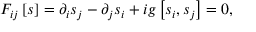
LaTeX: F _ { i j } \left[ s \right] = \partial _ { i } s _ { j } - \partial _ { j } s _ { i } + i g \left[ s _ { i } , s _ { j } \right] = 0 ,